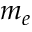
m _ { e }